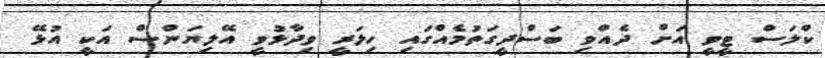
ކްލަސް ޓީވީ އަށް ދެއްވި ބަސްދީގަތުމެއްގައި ހިލަރީ ވިދާޅުވީ އޭލިޔަންސް އަކީ އުޅޭ